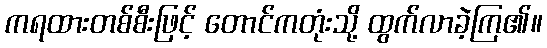
ကရထားတစ်စီးဖြင့် တောင်ကတုံးသို့ ထွက်လာခဲ့ကြ၏။